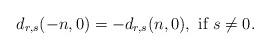
LaTeX: \begin{align*}d_{r,s}(-n,0)=-d_{r,s}(n,0),\mbox{ if }s\ne 0.\end{align*}